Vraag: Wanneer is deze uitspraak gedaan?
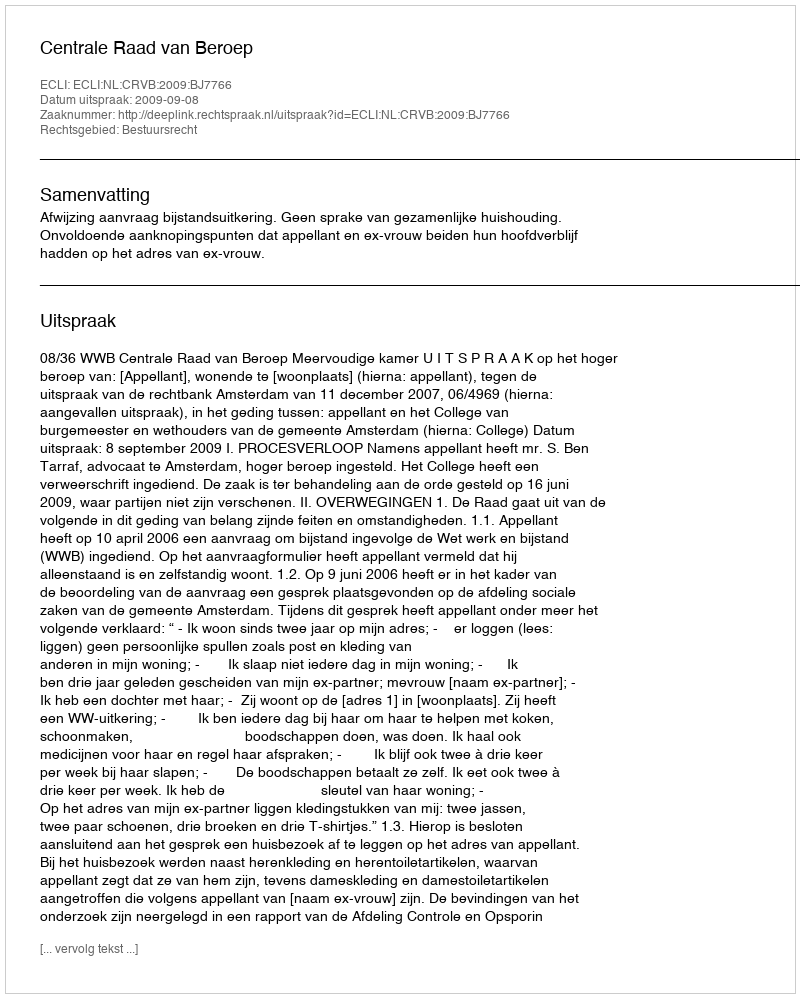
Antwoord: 2009-09-08